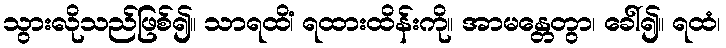
သွားလိုသည်ဖြစ်၍။ သာရထိံ၊ ရထားထိန်းကို။ အာမန္တေတွာ၊ ခေါ်၍။ ရထံ၊